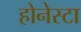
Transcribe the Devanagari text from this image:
होनेस्टा